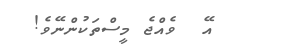
އޭ  ވެއްޖެ މީސްތަކުންނޭވެ!